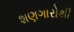
શણગારોથી